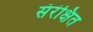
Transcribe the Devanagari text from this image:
संरंक्षित